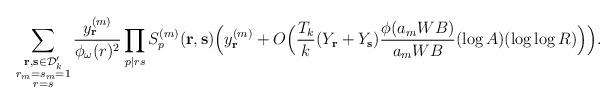
LaTeX: \begin{align*}\sum_{\substack{\mathbf{r},\mathbf{s}\in\mathcal{D}'_k\\ r_m=s_m=1\\ r=s}}\frac{y^{(m)}_{\mathbf{r}}}{\phi_\omega(r)^2}\prod_{p|rs}S_p^{(m)}(\mathbf{r},\mathbf{s})\Bigl(y^{(m)}_{\mathbf{r}}+O\Bigl(\frac{T_k}{k}(Y_\mathbf{r}+Y_{\mathbf{s}})\frac{\phi(a_m W B)}{a_m W B}(\log{A})(\log\log{R})\Bigr)\Bigr).\end{align*}